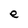
Character: e